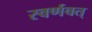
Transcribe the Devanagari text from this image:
स्वर्णवत्